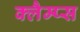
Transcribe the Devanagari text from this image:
क्लैम्प्स